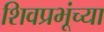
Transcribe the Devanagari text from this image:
शिवप्रभूंच्या